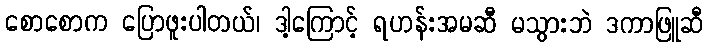
စောစောက ပြောဖူးပါတယ်၊ ဒါ့ကြောင့် ရဟန်းအမဆီ မသွားဘဲ ဒကာဖြူဆီ